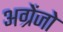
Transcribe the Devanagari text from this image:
अग्रेंजो